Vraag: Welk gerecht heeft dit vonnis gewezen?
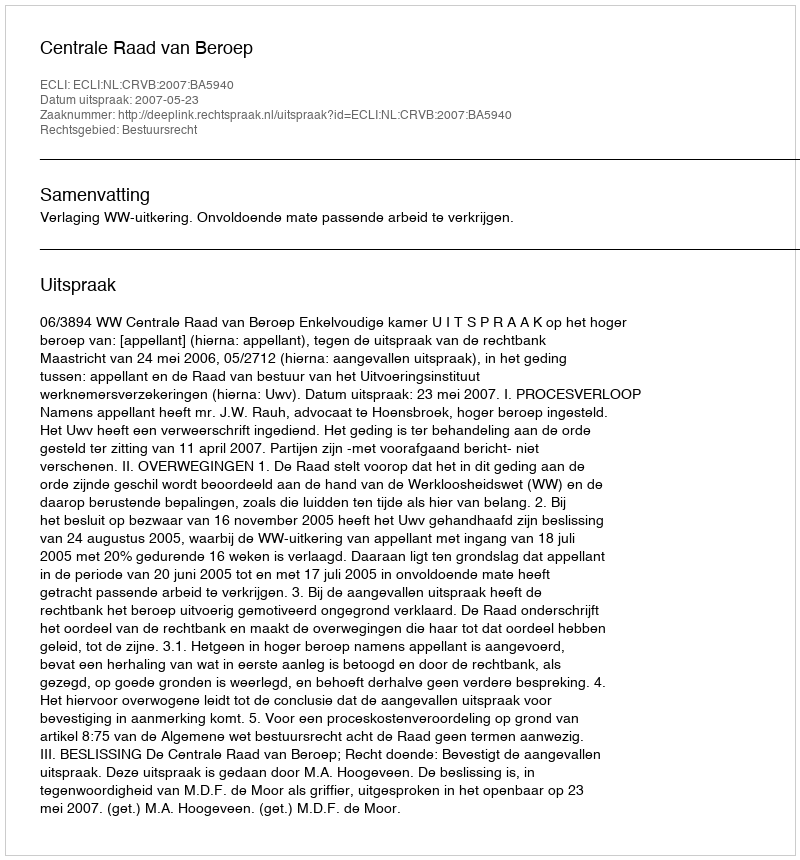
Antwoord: Centrale Raad van Beroep